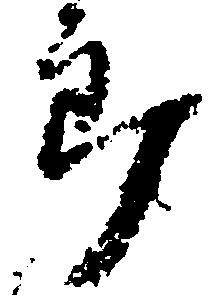
郎